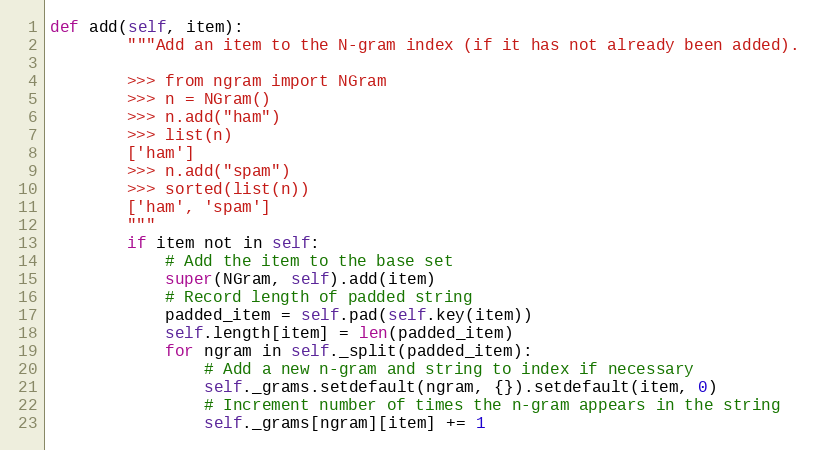
Language: Python
def add(self, item):
        """Add an item to the N-gram index (if it has not already been added).

        >>> from ngram import NGram
        >>> n = NGram()
        >>> n.add("ham")
        >>> list(n)
        ['ham']
        >>> n.add("spam")
        >>> sorted(list(n))
        ['ham', 'spam']
        """
        if item not in self:
            # Add the item to the base set
            super(NGram, self).add(item)
            # Record length of padded string
            padded_item = self.pad(self.key(item))
            self.length[item] = len(padded_item)
            for ngram in self._split(padded_item):
                # Add a new n-gram and string to index if necessary
                self._grams.setdefault(ngram, {}).setdefault(item, 0)
                # Increment number of times the n-gram appears in the string
                self._grams[ngram][item] += 1